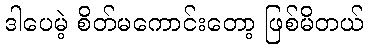
ဒါပေမဲ့ စိတ်မကောင်းတော့ ဖြစ်မိတယ်